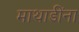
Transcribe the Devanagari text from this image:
माथाडींना